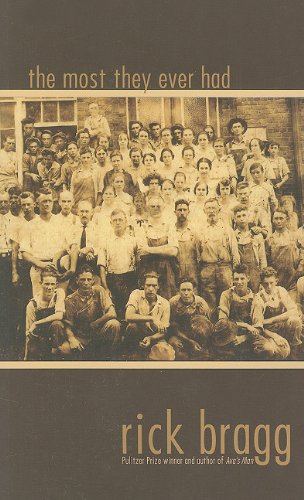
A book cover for The Most They Ever Had; Mr. Rick Bragg; Business & Money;